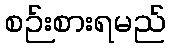
စဉ်းစားရမည်